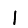
Digit: 1